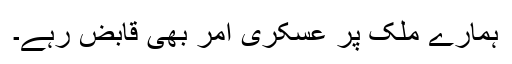
ہمارے ملک پر عسکری آمر بھی قابض رہے۔